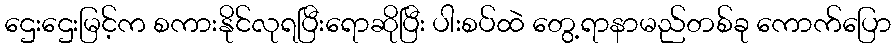
ဌေးဌေးမြင့်က စကားနိုင်လုရပြီးရောဆိုပြီး ပါးစပ်ထဲ တွေ့ရာနာမည်တစ်ခု ကောက်ပြော